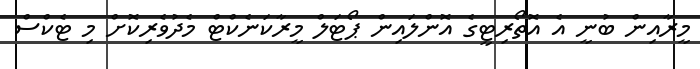
މީރާއިން ބުނީ އެ އޮތޯރިޓީގެ އޮންލައިން ޕޯޓަލް މީރާކަނެކްޓް މެދުވެރިކޮށް މި ޓެކްސް